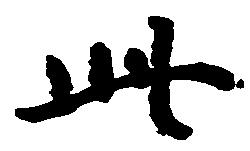
此